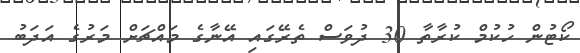
ކޯޓުން ހުކުމް ކުރާތާ 30 ދުވަސް ތެރޭގައި އޭނާގެ މައްޗަށް މަރުގެ އަދަބު